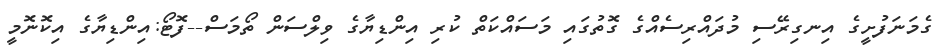
ގެމަނަފުށީގެ އިނގިރޭސި މުދައްރިސެއްގެ ގޮތުގައި މަސައްކަތް ކުރި އިންޑިޔާގެ ވިލްސަން ތޯމަސް--ފޮޓޯ:އިންޑިޔާގެ އިކޮނޮމީ